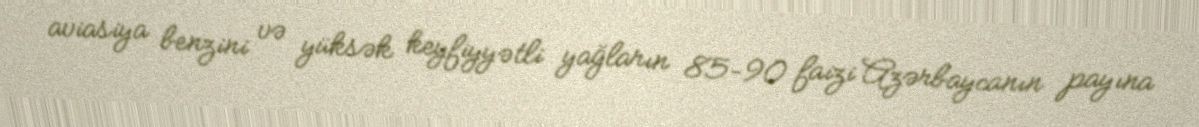
aviasiya benzini və yüksək keyfiyyətli yağların 85–90 faizi Azərbaycanın payına